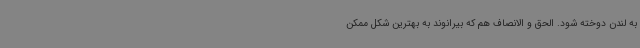
به لندن دوخته شود. الحق و الانصاف هم که بیرانوند به بهترین شکل ممکن